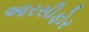
આરસીફોર